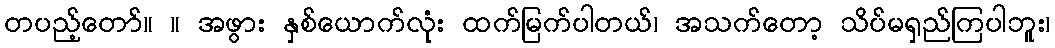
တပည့်တော်။ ။ အဖွား နှစ်ယောက်လုံး ထက်မြက်ပါတယ်၊ အသက်တော့ သိပ်မရှည်ကြပါဘူး၊